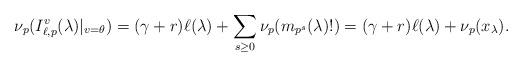
LaTeX: \begin{align*}\nu_p(I^{v}_{\ell,p}(\lambda)|_{v=\theta})=(\gamma+r)\ell(\lambda)+\sum_{s\geq 0}\nu_p(m_{p^s}(\lambda)!) = (\gamma+r)\ell(\lambda) + \nu_p (x_{\lambda}).\end{align*}